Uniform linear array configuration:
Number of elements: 4
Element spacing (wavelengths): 1
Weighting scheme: exponential
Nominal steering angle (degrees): -60
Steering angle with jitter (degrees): -59.202
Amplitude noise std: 0.05
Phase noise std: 0.05

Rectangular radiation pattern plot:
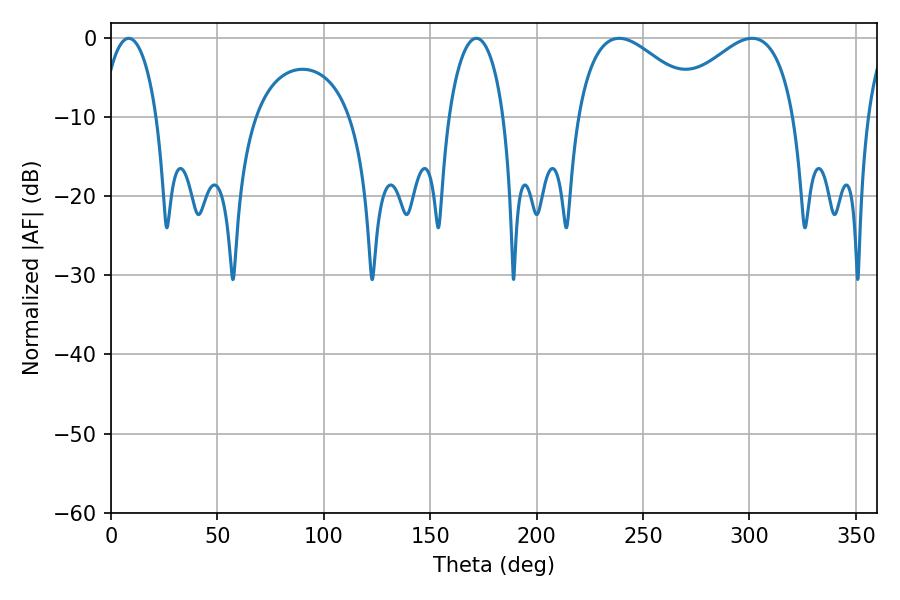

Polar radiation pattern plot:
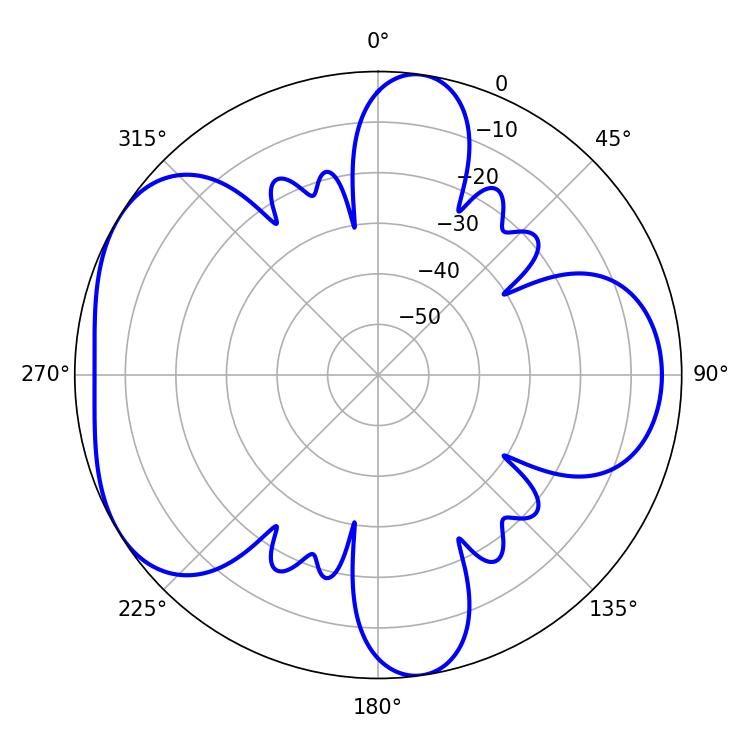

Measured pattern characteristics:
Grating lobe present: TRUE
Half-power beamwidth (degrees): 32.58
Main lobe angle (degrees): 238.86